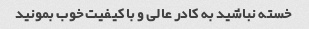
خسته نباشید به کادر عالی و با کیفیت خوب بمونید